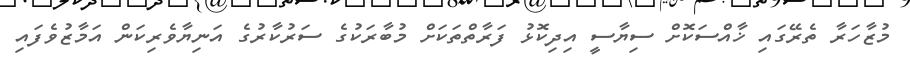
މުޒާހަރާ ތެރޭގައި ޚާއްސަކޮށް ސިޔާސީ އިދިކޮޅު ފަރާތްތަކަށް މުބާރަކުގެ ސަރުކާރުގެ އަނިޔާވެރިކަން އަމާޒުވެފައި